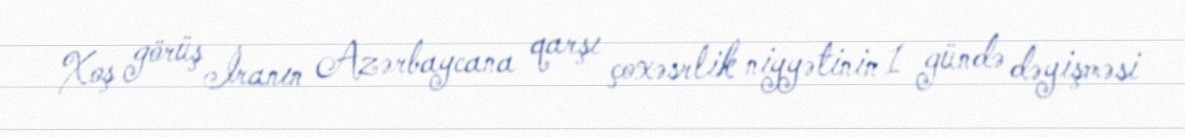
Xoş görüş İranın Azərbaycana qarşı çoxəsrlik niyyətinin 1 gündə dəyişməsi